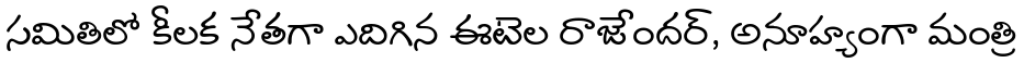
సమితిలో కీలక నేతగా ఎదిగిన ఈటెల రాజేందర్, అనూహ్యంగా మంత్రి